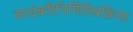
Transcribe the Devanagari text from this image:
कादंबरीनिर्मितिप्रक्रिया